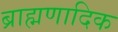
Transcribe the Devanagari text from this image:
ब्राह्मणादिक